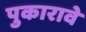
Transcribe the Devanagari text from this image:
पुकारावे